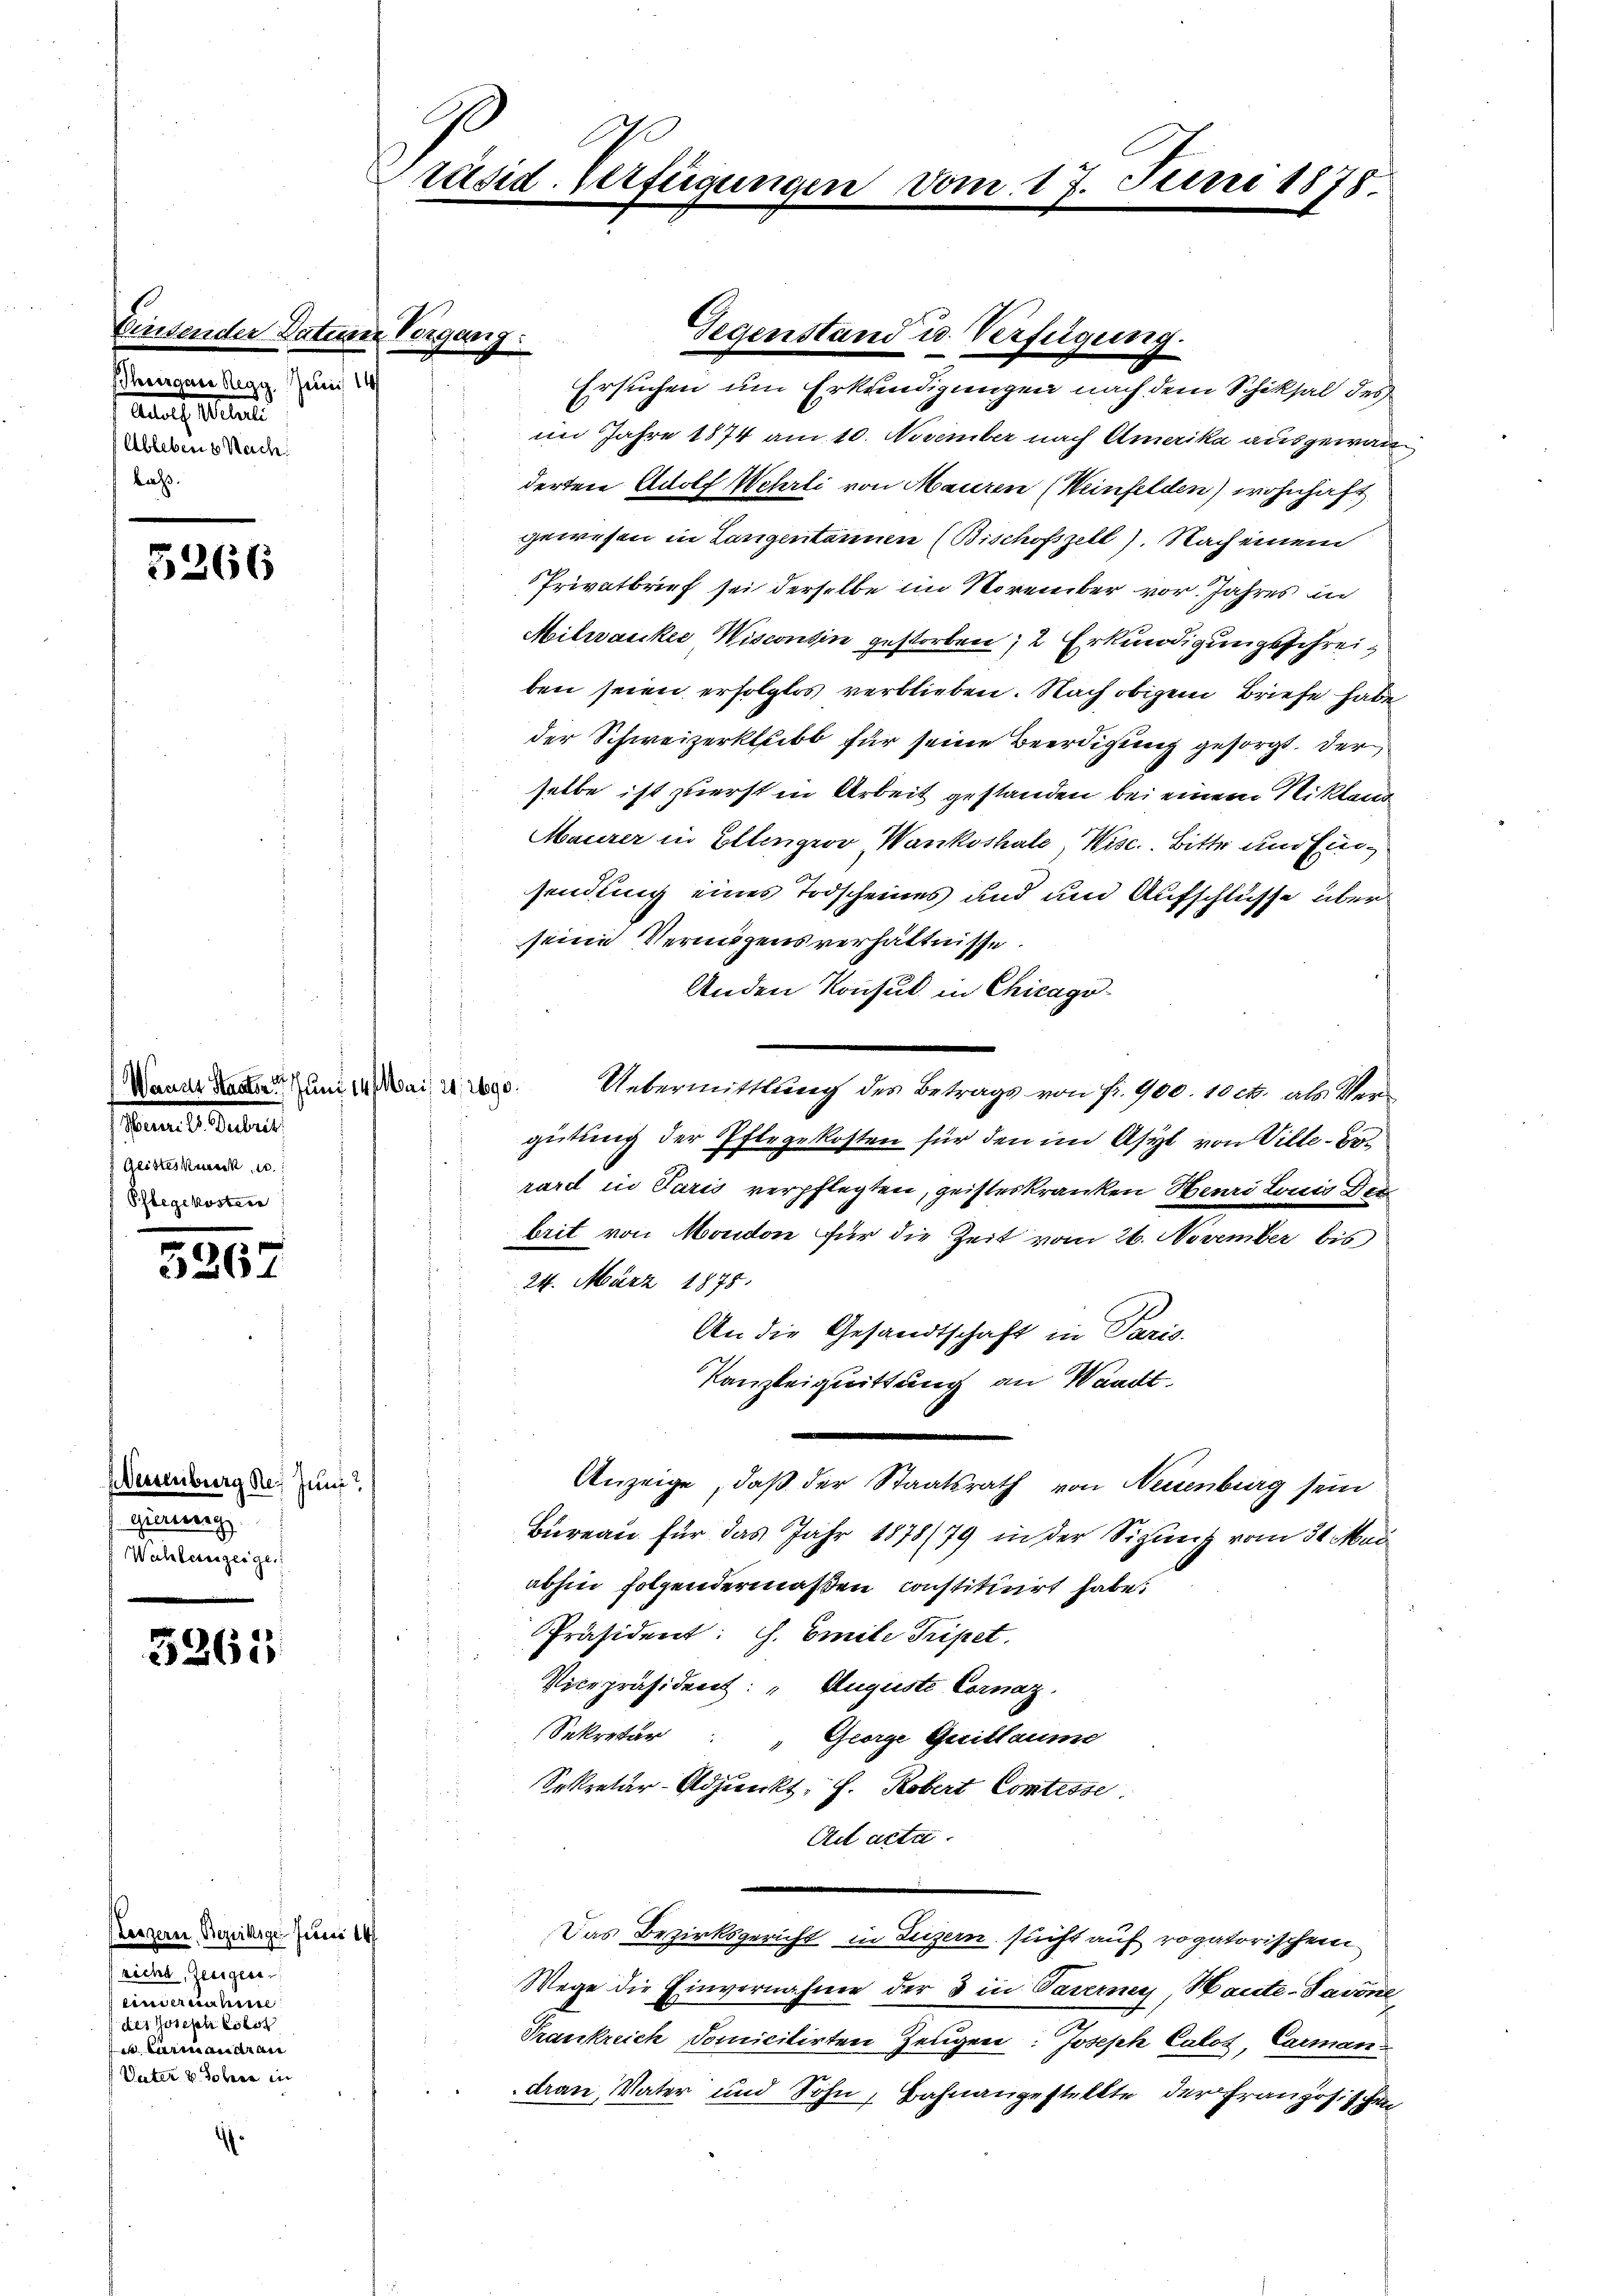
Zinsender Datum Vergang.
Thurgau Regg, Juni 14
Aadorf, Alterli
Ablebene Nach
laß.

5266

Waadt Staaten Juni 14 Mai 24, 2690.
amni l. Seiter
Geisteskwerk u.
Phlegekostere

5262

(Weisenburg des Juni
gierung
Wahlerenzeigen

5261

Leszern, Bezirkige Juni 14
richt, Zeugen.
einverschie
des Joseph Polit
 Carin andran
Vater 2 Jahren in

Präsid. Verfügunger

vom 17. Juni 1878

Gegenstand u. Verfügung.
Ersuchen um Erkundigungen nach dem Schiksal des
im Jahre 1874 am 10. November nach Amerika ausgewan
derten Adolf Wehrli von Mauren (Weinfelden) wohnhaft
gewesen in Lungentannen (Bischofszell. Nach einem
Privatbrief sei derselbe im November vor. Jahres in
Milwacke Wiscontin gestorben 12 Erkundigungsschreiben seien erfolglos verblieben. Nach obigem Briefe habe
der Schweizerkleibt für seine Beerdigung gesorgt. Der
selbe ist zuerst in Arbeit gestanden bei einem Nikland
Maurer in Ellengrov Wankoshale, Wisc. Bitte um Einsendung eines Todscheines und und Aufschlüsse über
seine Vermögensverhältnisse.
Anden Konsul in Chicago
Uebermittlung des Betrags von fr. 900. 10 c. als Vergütung der Pflegekosten für den im Asyl von Ville Berard in Paris verpflegten, geisteskranken Henri Louis Der
brit von Moudon für die Zeit vom 26. November bis
24. März 1875.
An die Gesandtschaft in Paris
Kanzleiquittung an Waadt.
.
Anzeige, daß der Staatsrath von Neuenburg sein
Bureau für das Jahr 1878/79 in der Sigung vom 31. Mai
abhin folgendermaßen, constiticirt habe.
Präsident: G. Emile Tripet.
Vicepräsident: „Auguste Cornaz.
Sekretär
" George Gritlaume
Sekretär-Adjunkt, s. Robert Comtesse
Act acta.
Das Bezirksgericht in Luzern sucht auf rogatorischen
Wege die Einvernahme der 3 in Paserney, Haute-Savone
Trankreich domicilirten Zeugen: Joseph Calos, Carman
dran, Vater und Sohn, Bahnangestellte der Franzosis ha